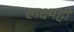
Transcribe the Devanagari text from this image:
लक्ष्यहो